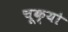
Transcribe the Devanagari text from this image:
चूक्यो